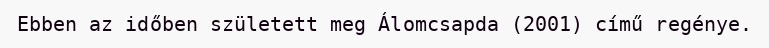
Ebben az időben született meg Álomcsapda (2001) című regénye.